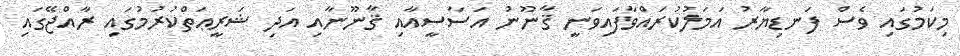
މިކަމުގައި ވެސް ފަނޑިޔާރު އަމަލުކުރައްވާފައިވަނީ ޤާނޫނު އަސާސީއާއި ޤާނޫނާއި އަދި ޝަރީޢަތްކުރުމުގައި ރާއްޖޭގައި